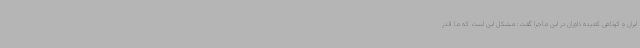
ایران و کوتاهی کمیته داوران در این ماجرا گفت: مشکل این است که ما قدر